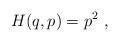
LaTeX: \begin{align*}H(q,p)=p^2 \ ,\end{align*}